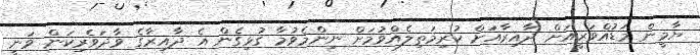
ޔާމީން މަޑުއްވަރީއަށް ދާއިރާއަށް ކުރިމަތިލެއްވުމަށް ނިންމެވުމާ ގުޅިގެން އެ ދާއިރާގެ ވާދަވެރިކަން ވަނީ